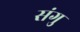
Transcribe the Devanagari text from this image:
संगु